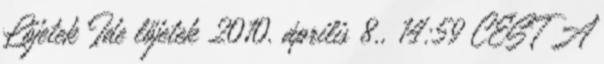
Lőjetek Ide lőjetek 2010. április 8., 14:59 CEST A